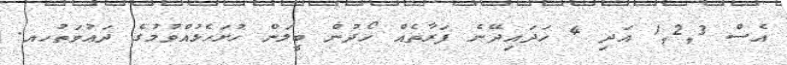
އެސް 1